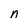
Character: n